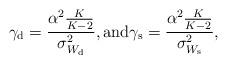
LaTeX: \begin{align*}\gamma_{\rm d}=\frac{\alpha^2\frac{K}{K-2}}{\sigma_{W_{\rm d}}^2}, \mathrm{and} \gamma_{\rm s}=\frac{\alpha^2\frac{K}{K-2}}{\sigma_{W_{\rm s}}^2},\end{align*}